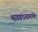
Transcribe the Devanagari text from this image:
भावबंधनप्रमाणेच